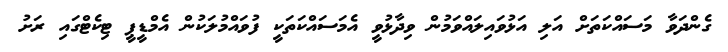
ގެންދަވާ މަސައްކަތަށް އަލި އަޅުވައިލައްވަމުން ވިދާޅުވީ އެމަސައްކަތަކީ ފުވައްމުލަކުން އެމްޑީޕީ ޓިކެޓްގައި ރަށު